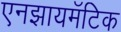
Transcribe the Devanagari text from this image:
एनझायमॅटिक